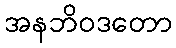
အနဘိဝဒတော